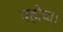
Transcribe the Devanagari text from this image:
पहोचा।